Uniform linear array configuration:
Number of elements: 8
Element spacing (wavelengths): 0.25
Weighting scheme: hann
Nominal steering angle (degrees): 45
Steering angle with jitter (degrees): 44.133
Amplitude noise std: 0.05
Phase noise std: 0.05

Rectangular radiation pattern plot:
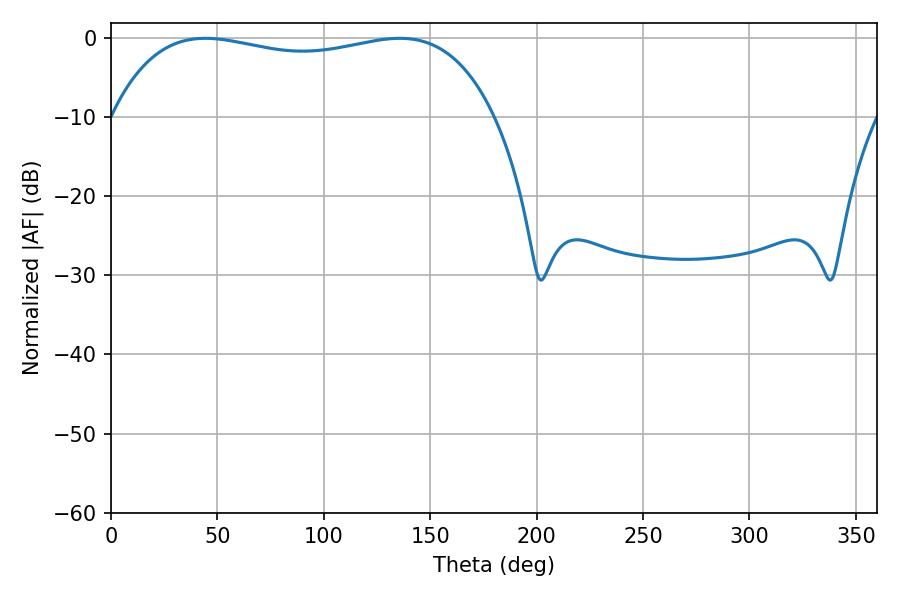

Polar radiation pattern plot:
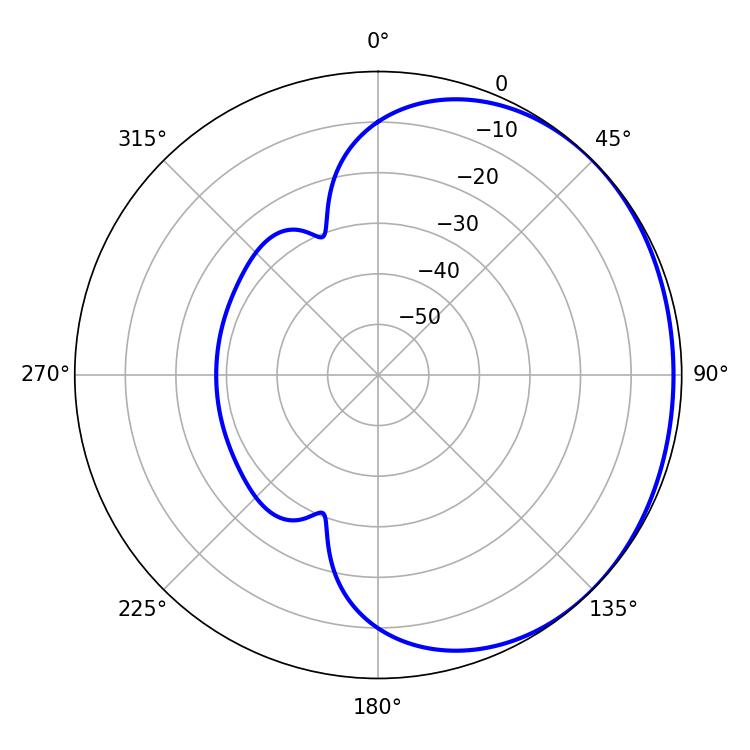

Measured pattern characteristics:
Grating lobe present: FALSE
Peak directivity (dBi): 0.9414
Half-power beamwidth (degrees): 145.8
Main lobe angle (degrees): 44.28